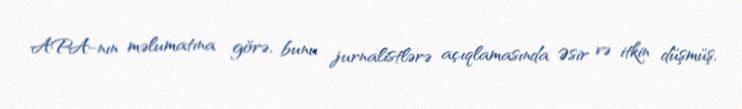
APA-nın məlumatına görə, bunu jurnalistlərə açıqlamasında Əsir və itkin düşmüş,